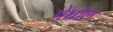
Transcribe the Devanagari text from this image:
मेंथॉल